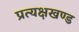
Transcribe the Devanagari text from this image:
प्रत्यक्षखण्ड